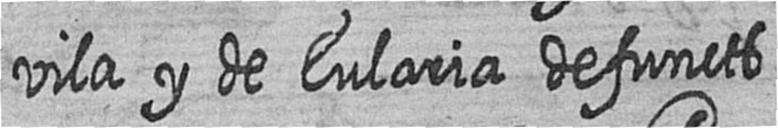
vila y de Eularia defuncts